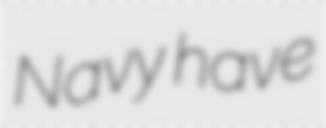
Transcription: Navy have